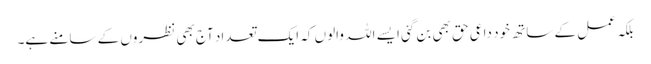
بلکہ عمل کے ساتھ خود داعی حق بھی بن گئی ایسے اللہ والوں کہ ایک تعداد آج بھی نظروں کے سامنے ہے۔